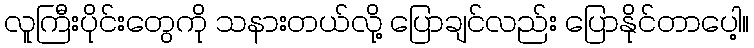
လူကြီးပိုင်းတွေကို သနားတယ်လို့ ပြောချင်လည်း ပြောနိုင်တာပေါ့။